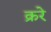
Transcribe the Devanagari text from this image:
क्ररे